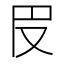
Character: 𠬩